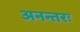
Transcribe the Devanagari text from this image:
अनन्तरः